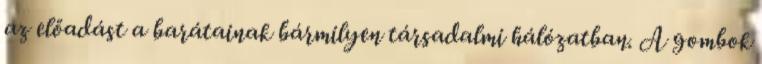
az előadást a barátainak bármilyen társadalmi hálózatban. A gombok